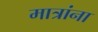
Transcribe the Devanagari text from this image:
मात्रांना